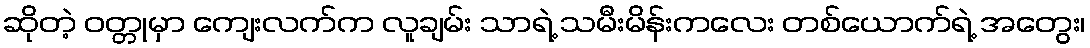
ဆိုတဲ့ ဝတ္တုမှာ ကျေးလက်က လူချမ်း သာရဲ့ သမီးမိန်းကလေး တစ်ယောက်ရဲ့ အတွေး၊